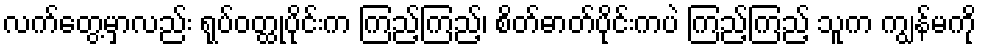
လက်တွေ့မှာလည်း ရုပ်ဝတ္ထုပိုင်းက ကြည့်ကြည့်၊ စိတ်ဓာတ်ပိုင်းကပဲ ကြည့်ကြည့် သူက ကျွန်မကို